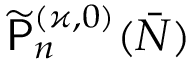
\widetilde { \mathsf { P } } _ { n } ^ { ( \varkappa , 0 ) } ( \bar { N } )